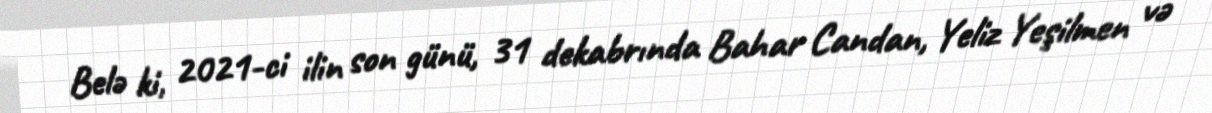
Belə ki, 2021-ci ilin son günü, 31 dekabrında Bahar Candan, Yeliz Yeşilmen və